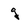
Character: q